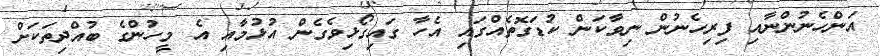
އަންހެނުންނާއި ފިރިހެނުން ނިވާކަން ކުޑަގޮތެއްގައި އެހާ ގައިގޯޅިވެގެން އުޅުމާއި އެ މީހުންގެ ބުއްދިތަކަށް